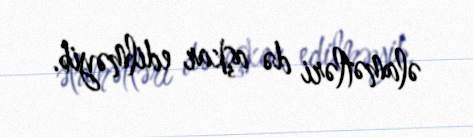
əlamətləri də aşkar edilməyib.